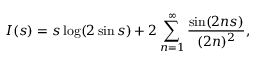
I ( s ) = s \log ( 2 \sin s ) + 2 \sum _ { n = 1 } ^ { \infty } \frac { \sin ( 2 n s ) } { ( 2 n ) ^ { 2 } } ,